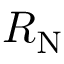
R _ { \mathrm { N } }